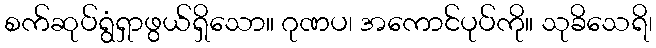
စက်ဆုပ်ရွံရှာဖွယ်ရှိသော။ ဂုဏပ၊ အကောင်ပုပ်ကို။ သုခိသေရိ၊